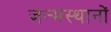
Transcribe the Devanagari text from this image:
जन्मस्थानों